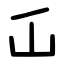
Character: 屲